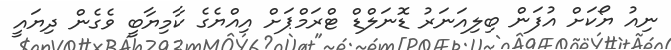
ނިއު ޔޯކަށް އުފަން ބިލިއަނަރު ޑޮނަލްޑް ޓްރަމްޕަށް އިއްޔެގެ ކާމިޔާބީ ވެގެން ދިޔައީ